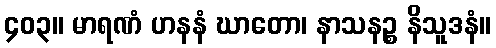
၄၀၃။ မာရဏံ ဟနနံ ဃာတော၊ နာသနဉ္စ နိသူဒနံ။